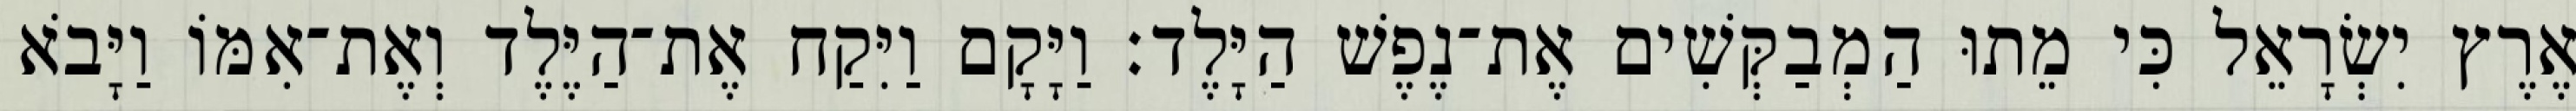
אֶרֶץ יִשְׂרָאֵל כִּי מֵתוּ הַמְבַקְּשִׁים אֶת־נֶפֶשׁ הַיָּלֶד׃ וַיָּקָם וַיִּקַח אֶת־הַיֶּלֶד וְאֶת־אִמּוֹ וַיָּבֹא